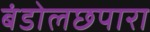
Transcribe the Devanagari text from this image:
बंडोलछपारा